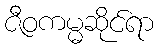
ဇီဝကမ္မဆိုင်ရာ